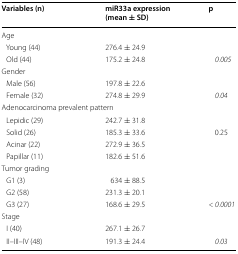
| Variables (n) | miR33a expression (mean ± SD) | p |
 | --- | --- | --- |
 | <COLSPAN=3> Age |
 | Young (44) | 276.4 ± 24.9 |  |
 | Old (44) | 175.2 ± 24.8 | 0.005 |
 | <COLSPAN=3> Gender |
 | Male (56) | 197.8 ± 22.6 |  |
 | Female (32) | 274.8 ± 29.9 | 0.04 |
 | <COLSPAN=3> Adenocarcinoma prevalent pattern |
 | Lepidic (29) | 242.7 ± 31.8 |  |
 | Solid (26) | 185.3 ± 33.6 | 0.25 |
 | Acinar (22) | 272.9 ± 36.5 |  |
 | Papillar (11) | 182.6 ± 51.6 |  |
 | <COLSPAN=3> Tumor grading |
 | G1 (3) | 634 ± 88.5 |  |
 | G2 (58) | 231.3 ± 20.1 |  |
 | G3 (27) | 168.6 ± 29.5 | < 0.0001 |
 | <COLSPAN=3> Stage |
 | I (40) | 267.1 ± 26.7 |  |
 | II–III–IV (48) | 191.3 ± 24.4 | 0.03 |